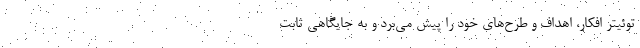
توئیتر افکار، اهداف و طرح‌های خود را پیش می‌برد و به جایگاهی ثابت